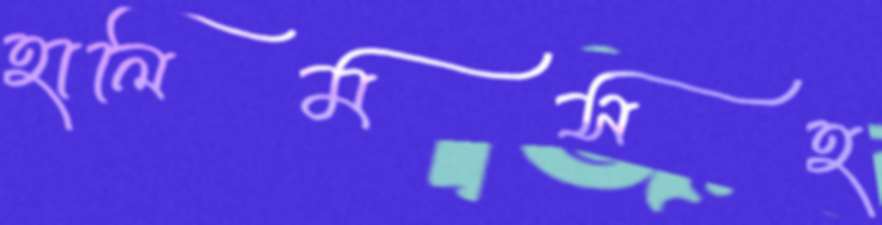
হালিমসহ